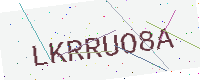
Text: LKRRUO8A